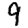
Digit: 9